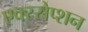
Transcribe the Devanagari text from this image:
एक्स्सेप्शन